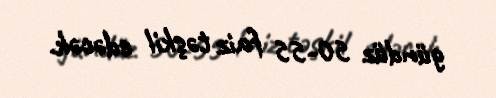
gündüz 50-55 faiz təşkil edəcək.